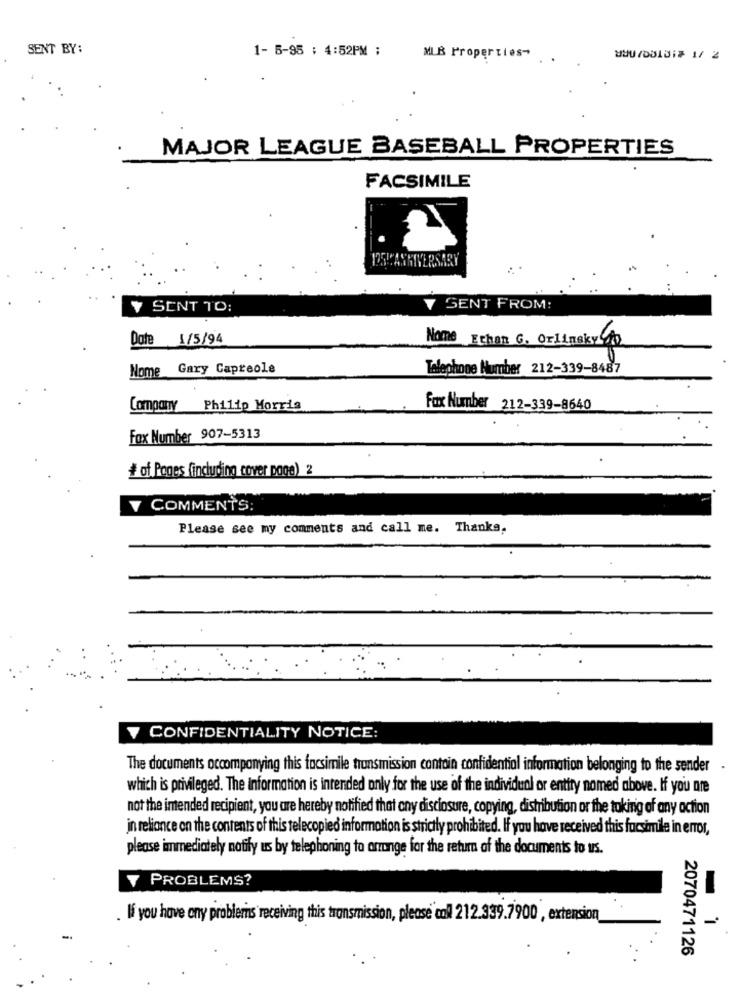
SENT BY:
1- 5-95 : 4:52PM :
MLB Properties-
MAJOR LEAGUE BASEBALL PROPERTIES
FACSIMILE
Y SENT TO:
V SENT FROM:
Date 1/5/94
Nome Ethan G. Orlinsky yo
Nome Gary Capreole
Telephone Number 212-339-8487
Company Philip Morris
Fax Number 212-339-8640
Fox Number 907-5313
# of Pages (including cover page) 2
V COMMENTS:
Please see my comments and call me. Thanks,
V CONFIDENTIALITY NOTICE:
The documents accompanying this facsimile transmission contain confidential information belonging to the sender
which is privileged. The Information is intended only for the use of the individual or entity named above. If you are
not the intended recipient, you are hereby notified that any disclosure, copying, distribution or the taking of any action
in reliance on the contents of this telecopied information is strictly prohibited. If you have received this facsimile in error,
please immediately notify us by telephoning to arrange for the return of the documents to us.
Y PROBLEMS?
. If you have any problems receiving this transmission, please call 212.339.7900 , extension
2070471126